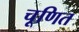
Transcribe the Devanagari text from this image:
चूणित